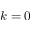
k = 0